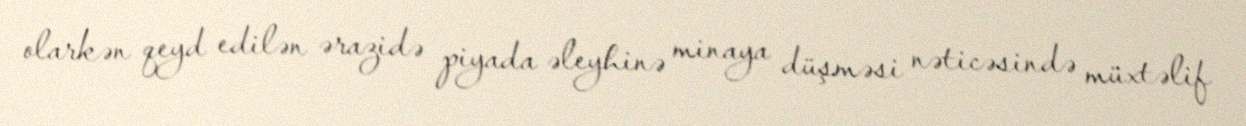
olarkən qeyd edilən ərazidə piyada əleyhinə minaya düşməsi nəticəsində müxtəlif